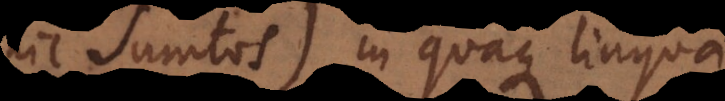
sumtos) in quaque lingua